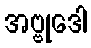
အဗ္ဗုဒေါ